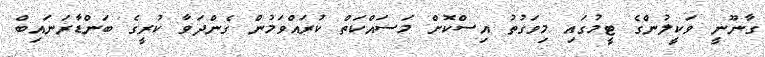
ގާނޫނީ ވަކީލުންގެ ޓީމުގައި މިވަގުތު އިސްކޮށް މަސައްކަތް ކުރައްވަމުން ގެންދަވާ ކުރީގެ ބަންޑާރަނައިބް